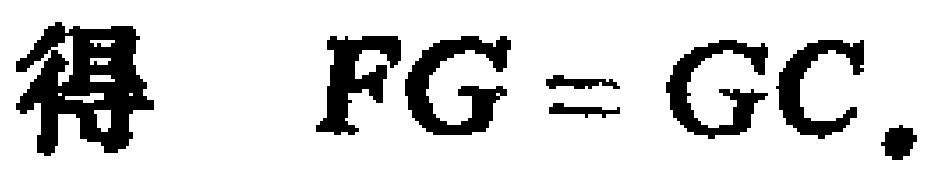
得 \(FG = GC.\)